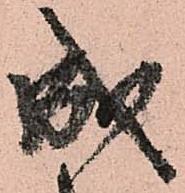
成